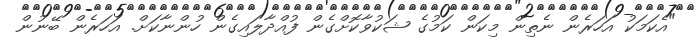
"އެކަމަކު އަހަރެން ނެތިން މިކަން ކަމުގެ ޝަކުވާކޮށްގެން ފުއްދާލައިގެން ހުންނާކަށް. އަހަރެން ބޭނުން